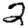
Digit: 2